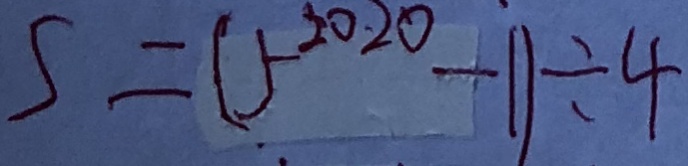
S = ( 5 ^ { 2 0 2 0 } - 1 ) \div 4